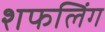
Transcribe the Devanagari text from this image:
शफलिंग